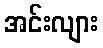
အင်းလျား